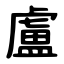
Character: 盧